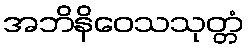
အဘိနိဝေသသုတ္တံ